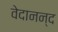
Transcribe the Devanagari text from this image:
वेदानन्द